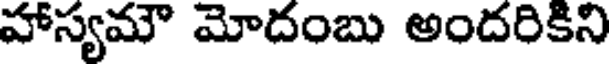
హాస్యమౌ మోదంబు అందరికిని